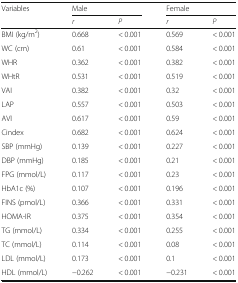
| <ROWSPAN=2> Variables | <COLSPAN=2> Male | <COLSPAN=2> Female |
 | r | P | r | P |
 | --- | --- | --- | --- | --- |
 | BMI (kg/m2) | 0.668 | < 0.001 | 0.569 | < 0.001 |
 | WC (cm) | 0.61 | < 0.001 | 0.584 | < 0.001 |
 | WHR | 0.362 | < 0.001 | 0.382 | < 0.001 |
 | WHtR | 0.531 | < 0.001 | 0.519 | < 0.001 |
 | VAI | 0.382 | < 0.001 | 0.32 | < 0.001 |
 | LAP | 0.557 | < 0.001 | 0.503 | < 0.001 |
 | AVI | 0.617 | < 0.001 | 0.59 | < 0.001 |
 | Cindex | 0.682 | < 0.001 | 0.624 | < 0.001 |
 | SBP (mmHg) | 0.139 | < 0.001 | 0.227 | < 0.001 |
 | DBP (mmHg) | 0.185 | < 0.001 | 0.21 | < 0.001 |
 | FPG (mmol/L) | 0.117 | < 0.001 | 0.23 | < 0.001 |
 | HbA1c (%) | 0.107 | < 0.001 | 0.196 | < 0.001 |
 | FINS (pmol/L) | 0.366 | < 0.001 | 0.331 | < 0.001 |
 | HOMA-IR | 0.375 | < 0.001 | 0.354 | < 0.001 |
 | TG (mmol/L) | 0.334 | < 0.001 | 0.255 | < 0.001 |
 | TC (mmol/L) | 0.114 | < 0.001 | 0.08 | < 0.001 |
 | LDL (mmol/L) | 0.173 | < 0.001 | 0.1 | < 0.001 |
 | HDL (mmol/L) | −0.262 | < 0.001 | −0.231 | < 0.001 |